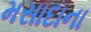
મસાદાના